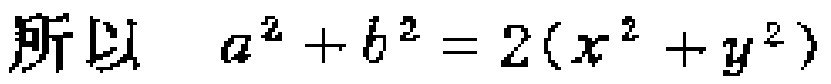
所以 \(a^{2}+b^{2}=2(x^{2}+y^{2})\)